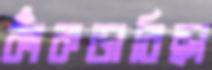
কাঁকড়াবিছা